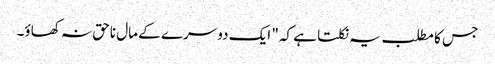
جس کا مطلب یہ نکلتا ہے کہ" ایک دوسرے کے مال ناحق نہ کھاؤ۔